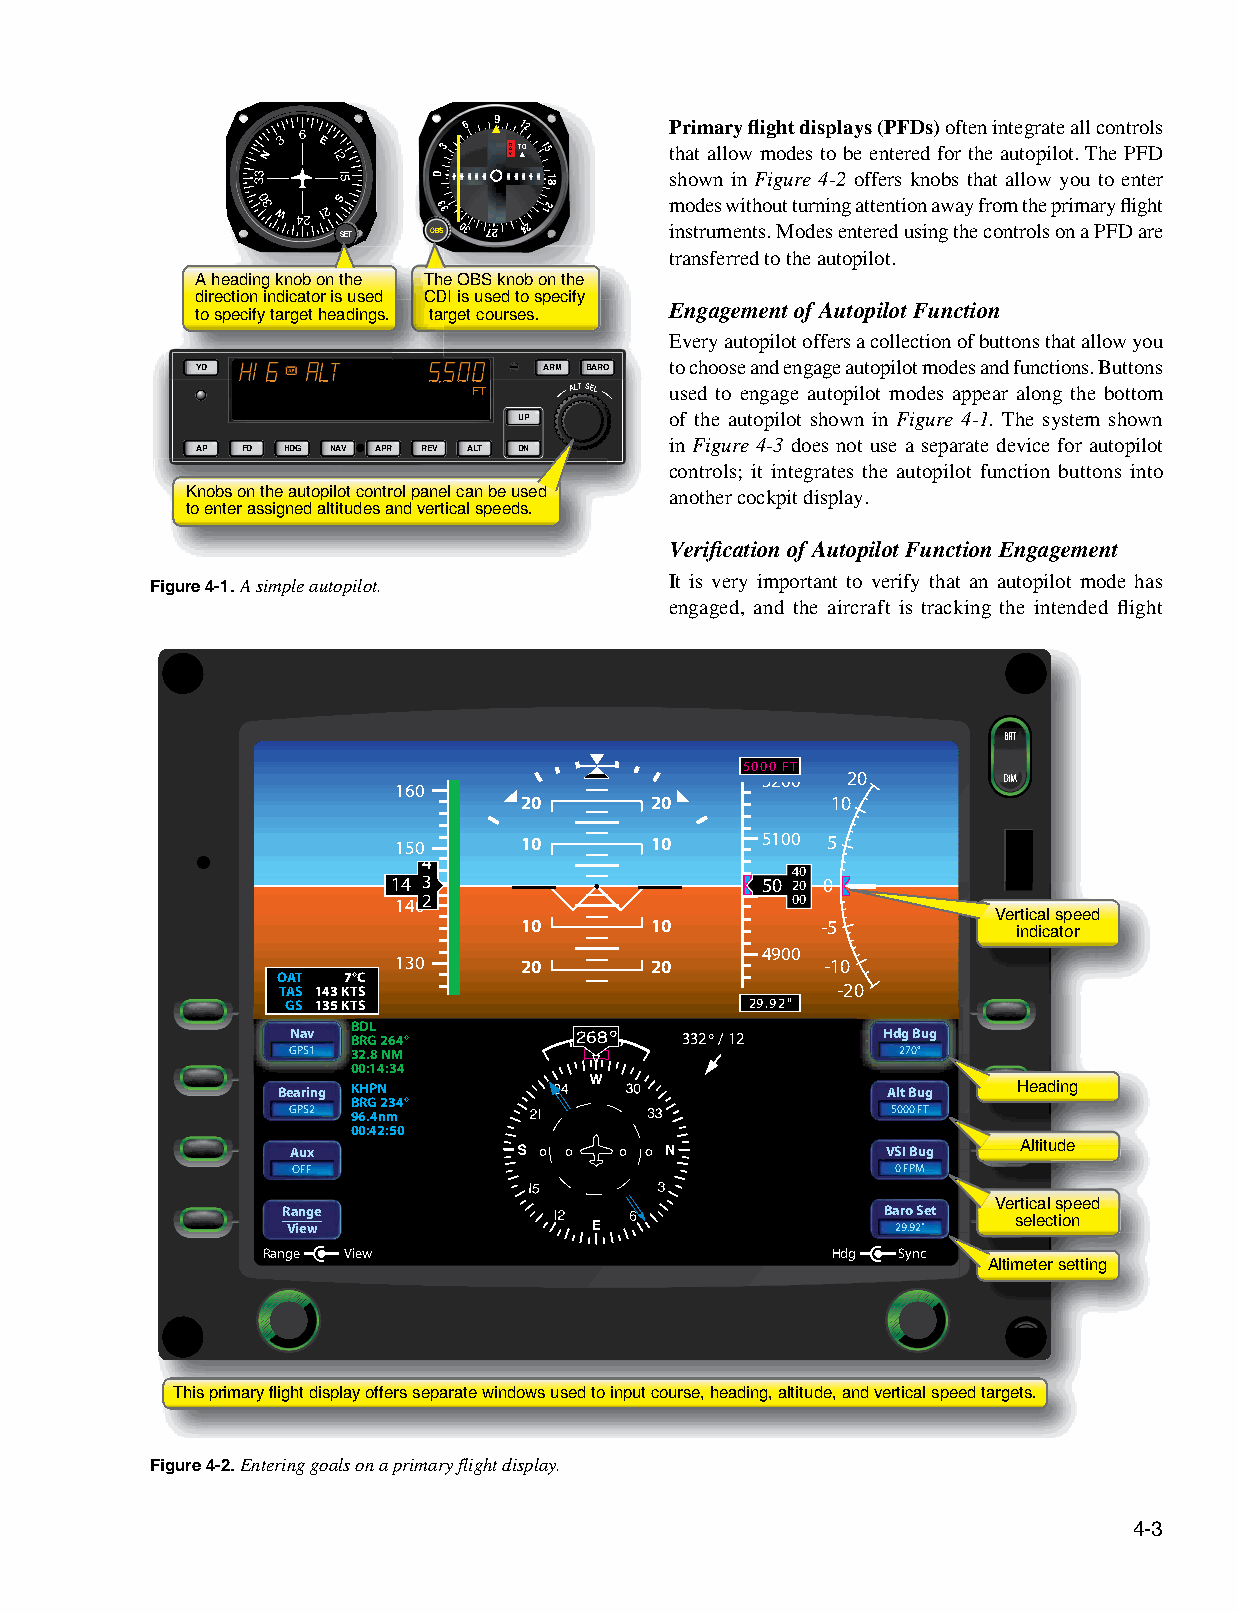
6 9 12       Primary flight displays (PFDs) often integrate all controls
 3    NAVTO 15  that allow modes to be entered for the autopilot. The PFD
 0      81      shown in Figure 4-2 offers knobs that allow you to enter
 33     12      modes without turning attention away from the primary flight
 SET   OOBBBSSS 03 72 42 instruments. Modes entered using the controls on a PFD are
 transferred to the autopilot.
 A heading knob on the TThhe OBS knob on the
 direction indicator is used CCDDI is used to specify
 Engagement of Autopilot Function
 to specify target headings. ttaarget courses.
 Every autopilot offers a collection of buttons that allow you
 to choose and engage autopilot modes and functions. Buttons
 YYDD                   AARRMM BBAARROO
 FT     ALT SEL used to engage autopilot modes appear along the bottom
 UP        of the autopilot shown in Figure 4-1. The system shown
 in Figure 4-3 does not use a separate device for autopilot
 AP FD HDG NAV APR REV ALT DN
 controls; it integrates the autopilot function buttons into
 Knobs on the autopilot control panel can be used another cockpit display.
 to enter assigned altitudes and vertical speeds.
 Verification of Autopilot Function Engagement
 Figure 4-1. A simple autopilot.   It is very important to verify that an autopilot mode has
 engaged, and the aircraft is tracking the intended flight
 BRT
 5000 FT
 5200  20        DIM
 160
 20       20          10
 150     10       10     5100 5
 4
 40
 14 3                    50 20 0
 1402                      00
 Vertical speed
 10       10         -5           indicator
 4900
 130     20       20          -10
 OAT  7°C
 TAS 143 KTS                          -20
 GS 135 KTS                     29.92"
 BDL
 Nav BRG 264°       268°   332° / 12    Hdg Bug
 GPS1 32.8 NM                             270°
 00:14:34
 Bearing KHPN                             Alt Bug Heading
 BRG 234°
 GPS2 96.4nm                             5000 FT
 00:42:50
 Aux                                     VSI Bug AAllttiittuuddee
 OFF                                     0 FPM
 VVeerrttiiccaall ssppeeeedd
 Range                                  Baro Set
 selection
 View                                    29.92"
 Range View                            Hdg Sync
 Altimeter setting
 This primary flight display offers separate windows used to input course, heading, altitude, and vertical speed targets.
 Figure 4-2. Entering goals on a primary flight display.
 4-3